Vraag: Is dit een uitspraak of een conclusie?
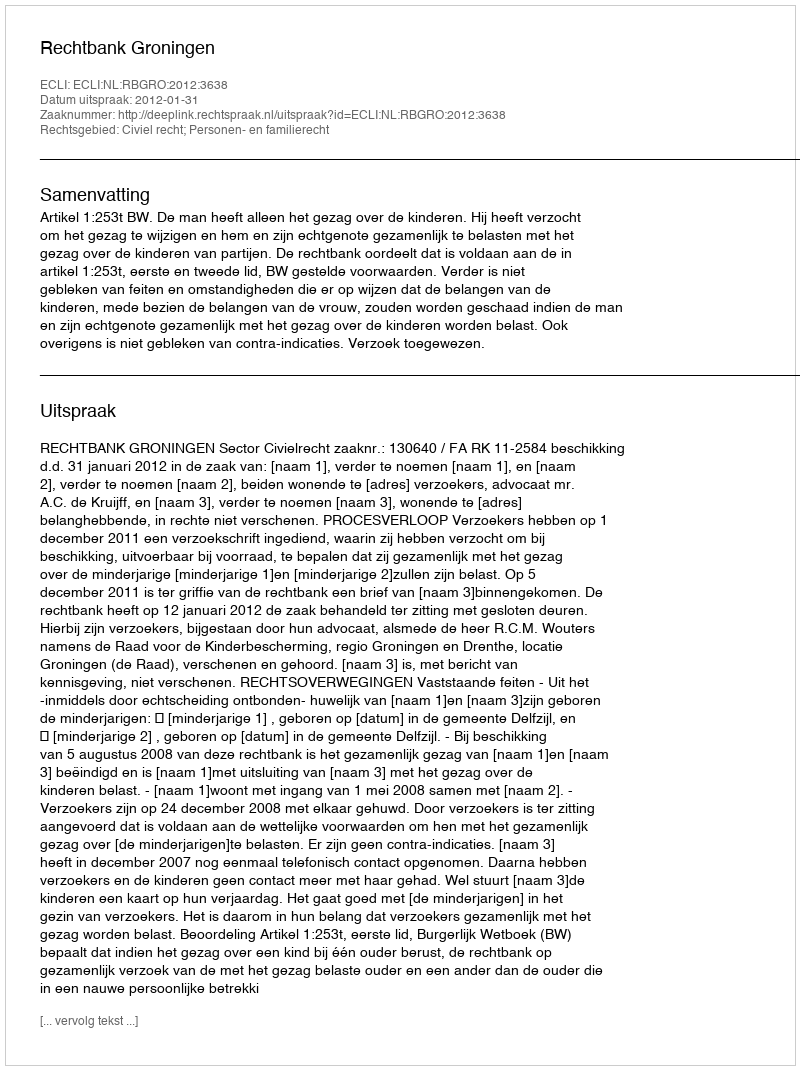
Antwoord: Uitspraak